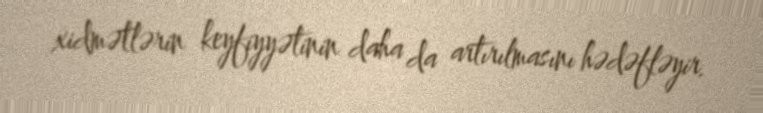
xidmətlərin keyfiyyətinin daha da artırılmasını hədəfləyir.